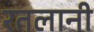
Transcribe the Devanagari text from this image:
रतलानी